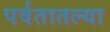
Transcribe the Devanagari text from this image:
पर्वतातल्या